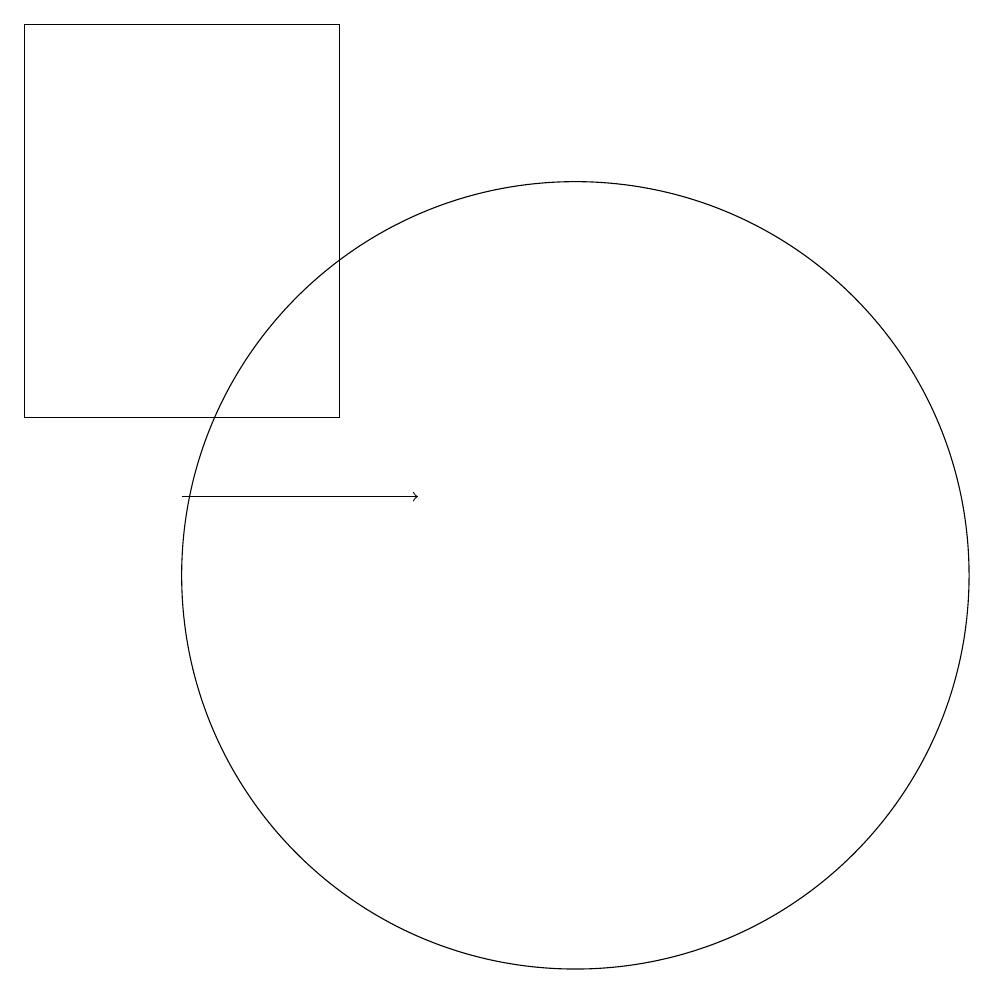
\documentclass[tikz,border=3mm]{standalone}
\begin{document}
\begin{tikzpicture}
\draw (3,18) rectangle (7,13);
\draw[->] (5,12) -- (8,12);
\draw (10,11) circle (5);
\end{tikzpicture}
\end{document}